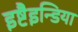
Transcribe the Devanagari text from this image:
इष्टैइन्डिया